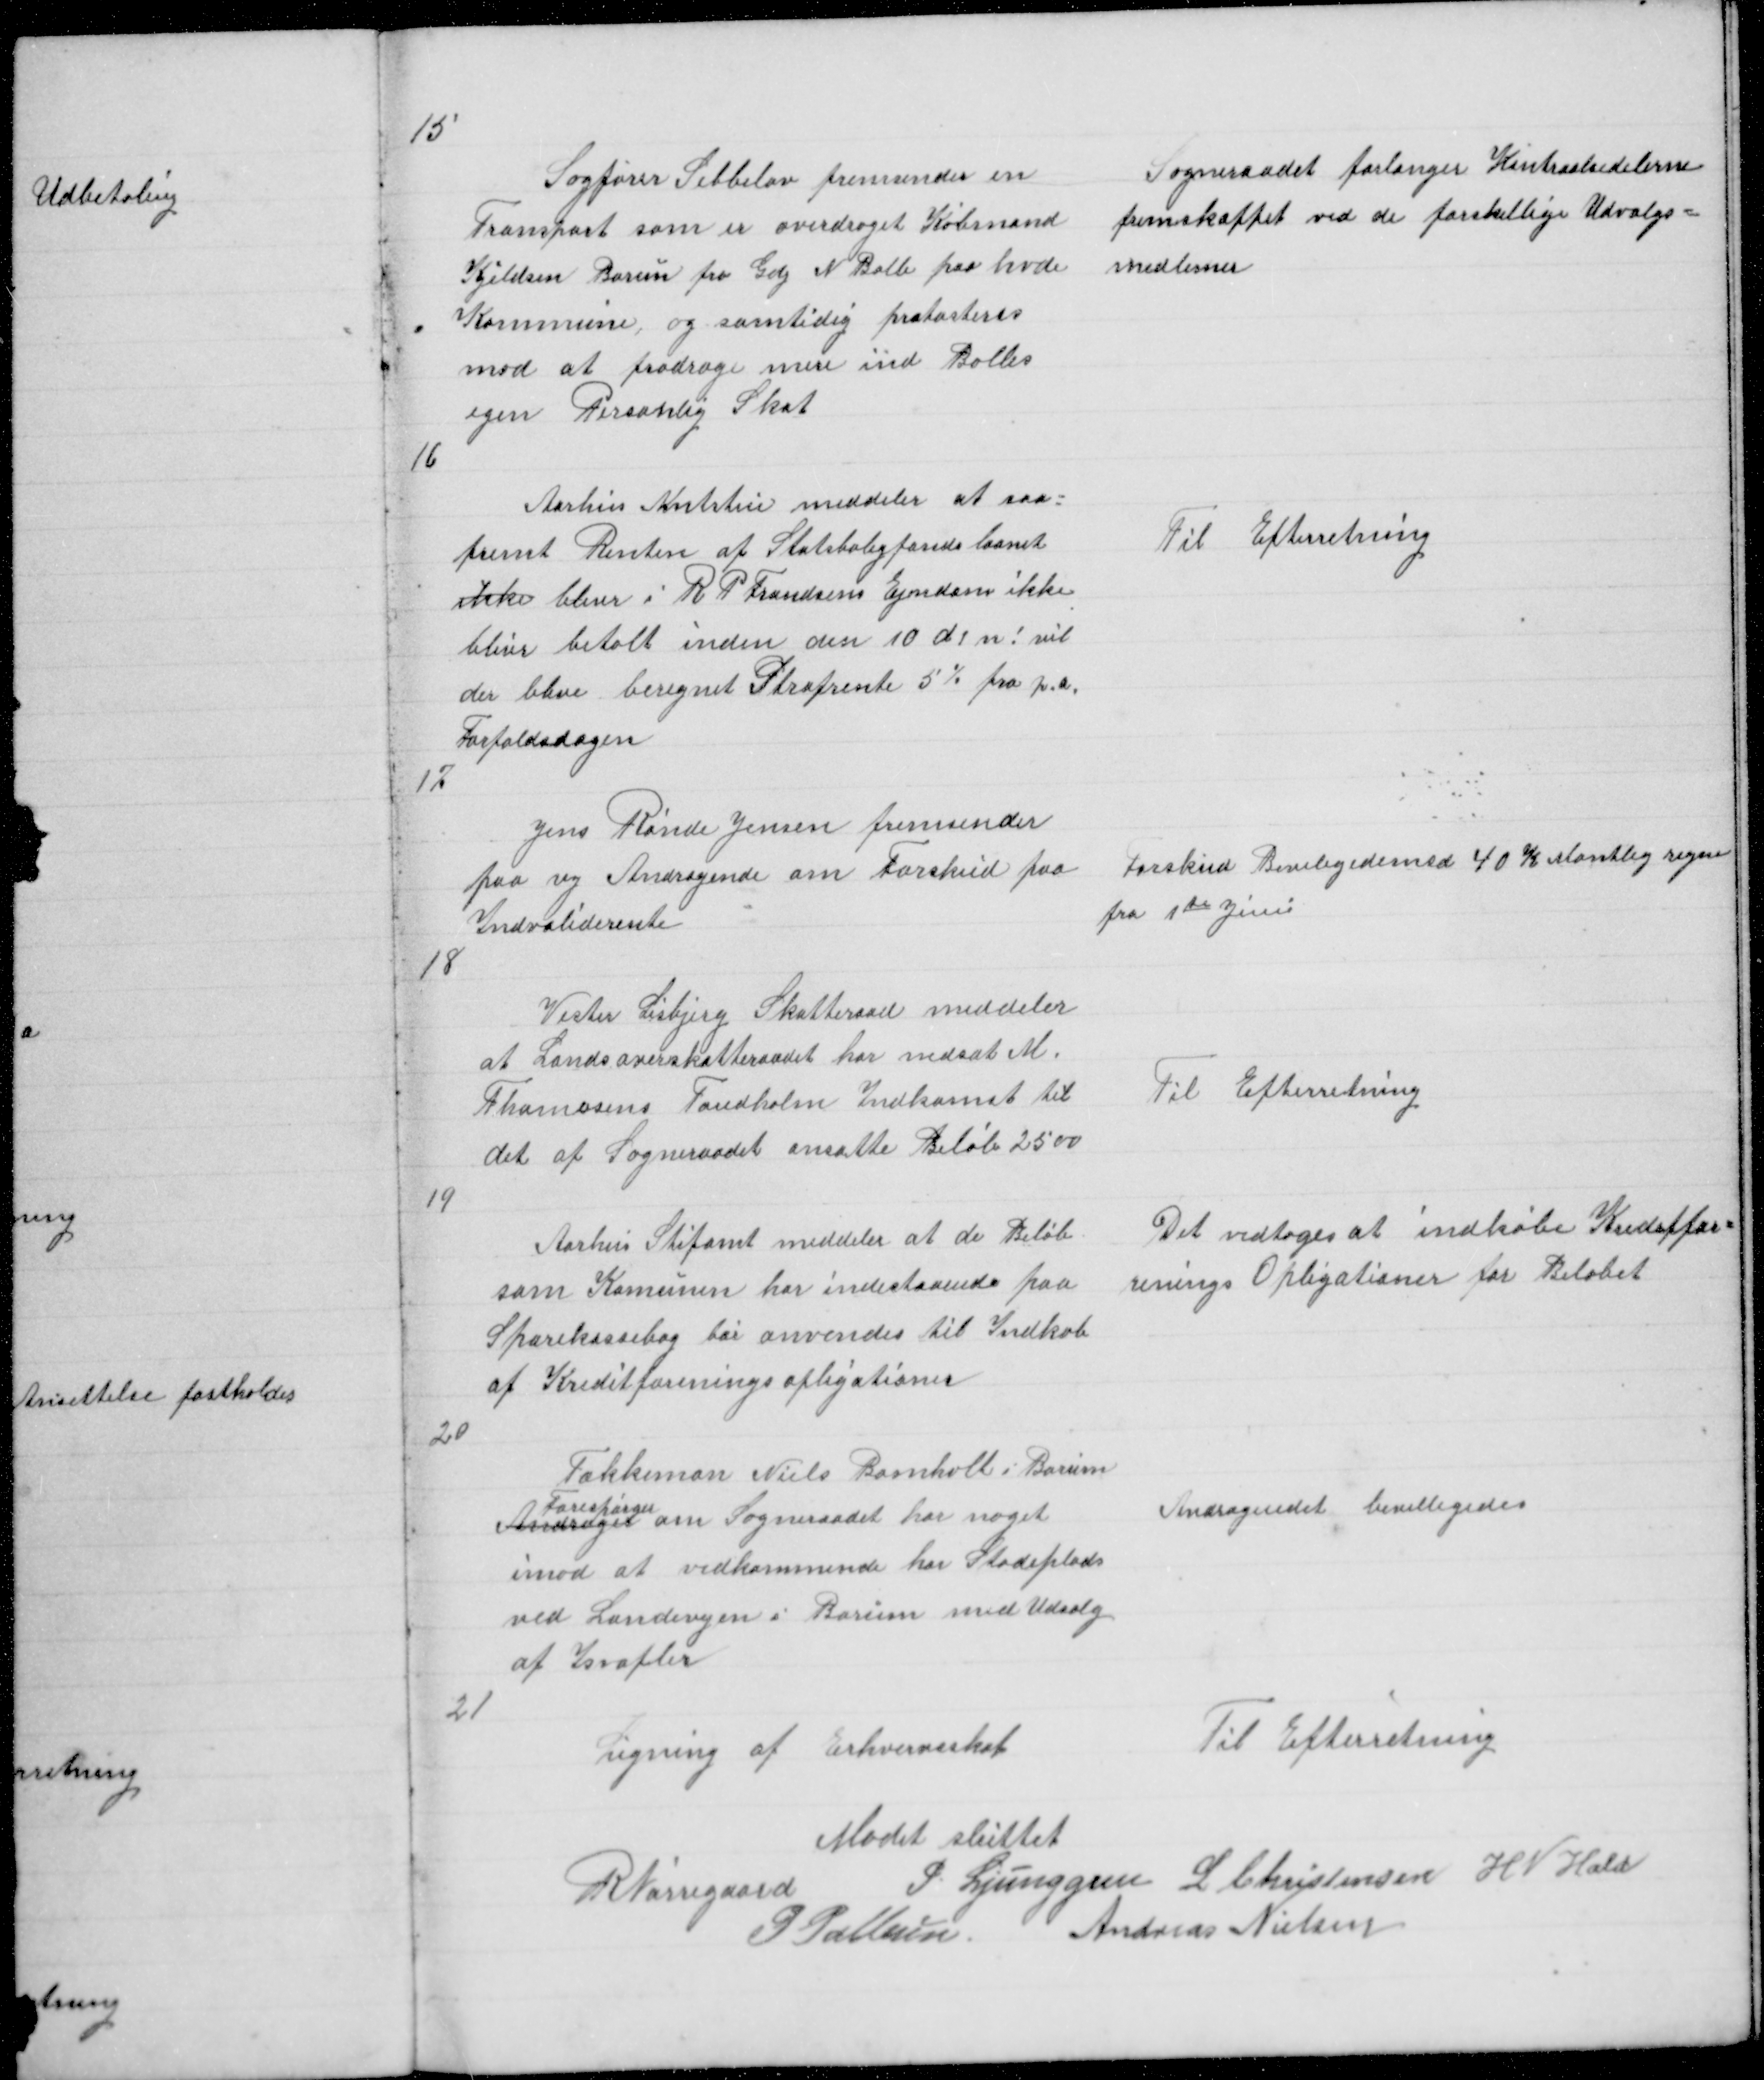
Transskription:
15
Sagfører Sebbelov fremsender en
Transport som er overdraget Købmand
Kjeldsen Borum fra Gdj N Balle paa hvde
Kommune, og samtidig protasteres
mod at fradrage mere ind Balles
egen Personlig Skat
16

Sogneraadet forlanger Kontraalsedelerne
fremskaffet ved de forskellige Udvalgs =
medlemer

Aarhus Amtstue meddeler at saa =
fremt Renten paa Statsboligfondeslaanet
ikke bliver i R P Frandsens Ejndom ikke
bliver betalt inden den 10 d! n! vil
der blive beregnet Strafrente 5% fra p.a.
Forfaldsdagen

Til Efterretning

17

Jens Rønde Jensen fremsender
paa ny Andragende om Forskud paa
Indvaliderente

Forskud Beviligedes med 40 K Montlig regne
fra 1te Juni

18

Vester Lisbjerg Skatteraad meddeler
at Landsoverskatteraadet har nedsat M
Thomasens Tandholm Indkomst til
det af Sogneraadet ansatte Beløb 2500

Til Efteretning

19

Aarhus Stiftamt meddeler at de Beløb
som Komunen har indestaaende paa
Sparekassebog bør anvendes til Indkøb
af Kreditforeningsopligationer

Det vedtoges at indkøbe Kreditfor =
renings Opligationer for Beløbet

20

Tækkemand Niels Bomholt i Borum
Forespørger
Andrager om Sogneraadet har noget
imod at vedkommende har Stadeplads
ved Landevejen i Borum med Udsalg
af Isvafler

Andragendet bevilligedes

21

Ligning af Erhvervsskat

Til Efterretning

Mødet sluttet
R Nørregaard
P. Ljunggren L Christensen H N Hald
P Pallesen Andreas Nielsen